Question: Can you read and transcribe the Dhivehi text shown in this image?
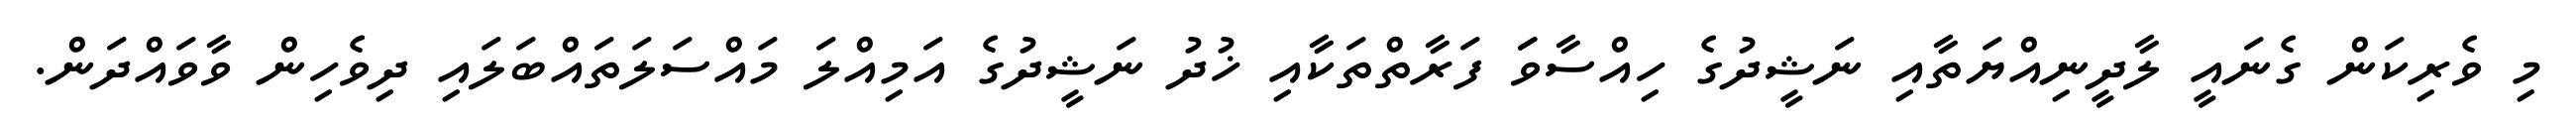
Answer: މި ވެރިކަން ގެނައީ ލާދީނިއްޔަތާއި ނަޝީދުގެ ހިއްސާވަަ ފަރާތްތަކާއި ޚުދު ނަޝީދުގެ އަމިއްލަ މައްސަލަތައްބަލައި ދިވެހިން ވާވައްދަން.